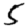
Digit: 5